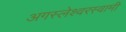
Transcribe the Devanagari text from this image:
अगस्‍लेश्‍वरस्‍वामी